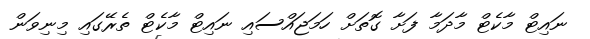
ނައިޓް މާކެޓް މާދަމާ ފަށާ ގޮތަށް ހަމަޖައްސައި ނައިޓް މާކެޓް ތެރޭގައި މިނިވަން